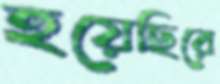
হয়েছিরে